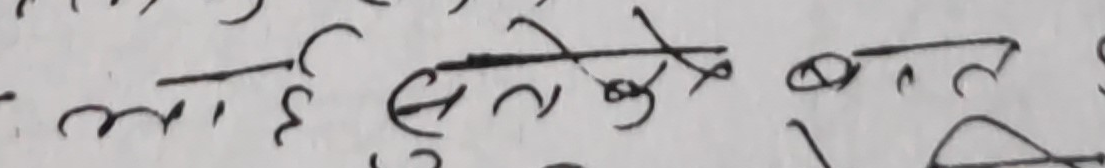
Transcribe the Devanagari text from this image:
आई सुनेको बत जा